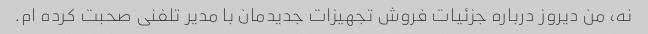
نه، من دیروز درباره جزئیات فروش تجهیزات جدیدمان با مدیر تلفنی صحبت کرده ام.